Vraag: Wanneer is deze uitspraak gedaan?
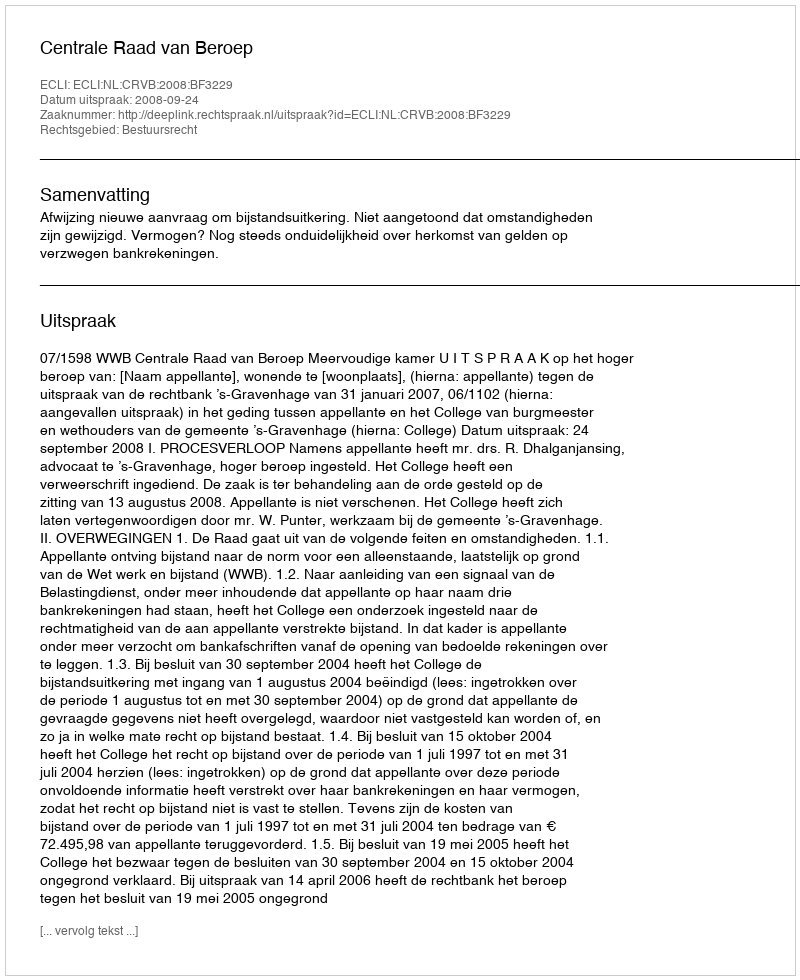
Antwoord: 2008-09-24